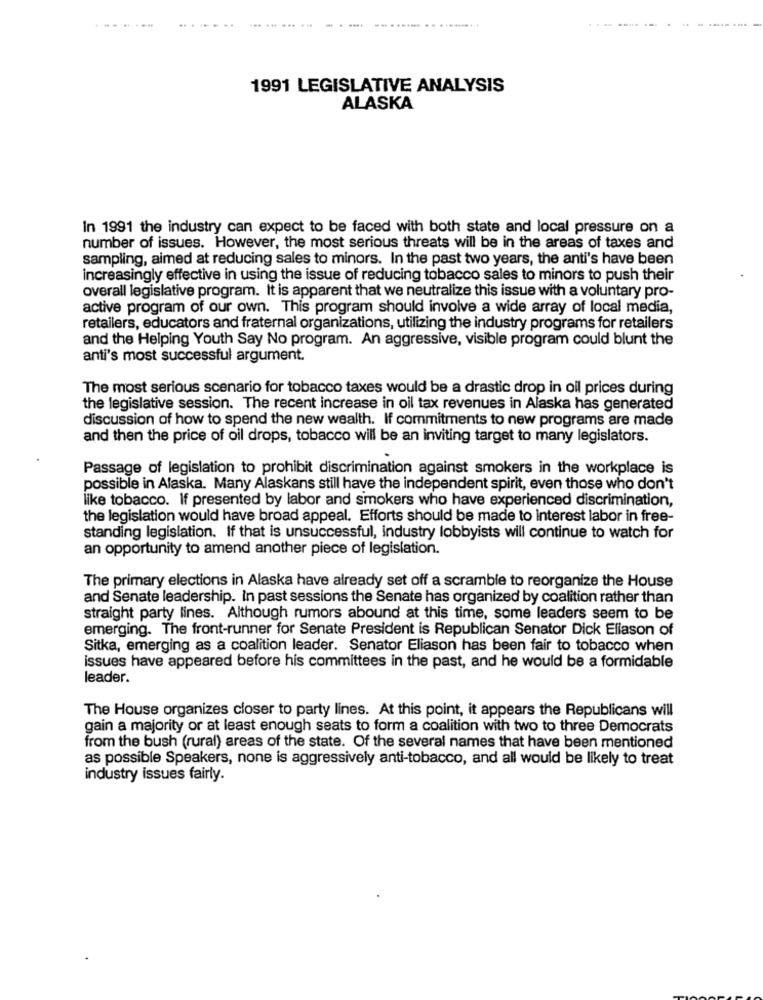
-...--
.......
... ....... . . .... ......... .. .........
.----....
.........
1991 LEGISLATIVE ANALYSIS
ALASKA
In 1991 the industry can expect to be faced with both state and local pressure on a
number of issues. However, the most serious threats will be in the areas of taxes and
sampling, aimed at reducing sales to minors. In the past two years, the anti's have been
increasingly effective in using the issue of reducing tobacco sales to minors to push their
overall legislative program. It is apparent that we neutralize this issue with a voluntary pro-
active program of our own. This program should involve a wide array of local media,
retailers, educators and fraternal organizations, utilizing the industry programs for retailers
and the Helping Youth Say No program. An aggressive, visible program could blunt the
anti's most successful argument.
The most serious scenario for tobacco taxes would be a drastic drop in oil prices during
the legislative session. The recent increase in oil tax revenues in Alaska has generated
discussion of how to spend the new wealth. If commitments to new programs are made
and then the price of oil drops, tobacco will be an inviting target to many legislators.
Passage of legislation to prohibit discrimination against smokers in the workplace is
possible in Alaska. Many Alaskans still have the independent spirit, even those who don't
like tobacco. If presented by labor and smokers who have experienced discrimination,
the legislation would have broad appeal. Efforts should be made to interest labor in free-
standing legislation. If that is unsuccessful, industry lobbyists will continue to watch for
an opportunity to amend another piece of legislation.
The primary elections in Alaska have already set off a scramble to reorganize the House
and Senate leadership. In past sessions the Senate has organized by coalition rather than
straight party lines. Although rumors abound at this time, some leaders seem to be
emerging. The front-runner for Senate President is Republican Senator Dick Eliason of
Sitka, emerging as a coalition leader. Senator Eliason has been fair to tobacco when
issues have appeared before his committees in the past, and he would be a formidable
leader.
The House organizes closer to party lines. At this point, it appears the Republicans will
gain a majority or at least enough seats to form a coalition with two to three Democrats
from the bush (rural) areas of the state. Of the several names that have been mentioned
as possible Speakers, none is aggressively anti-tobacco, and all would be likely to treat
industry issues fairly.